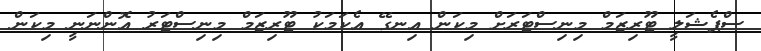
ސްޕެޝަލީ ޓޫރިޒަމް މިނިސްޓަރަށް މިކަން އިނގޭ އެކަމަކު ޓޫރިޒަމް މިނިސްޓަރު އޮންނަނީ މިކަން